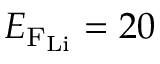
E _ { \mathrm { F _ { \mathrm { L i } } } } = 2 0